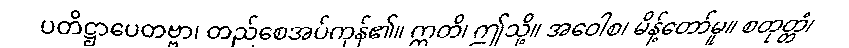
ပတိဋ္ဌာပေတဗ္ဗာ၊ တည်စေအပ်ကုန်၏။ ဣတိ၊ ဤသို့။ အဝေါစ၊ မိန့်တော်မူ။ စတုတ္တံ၊